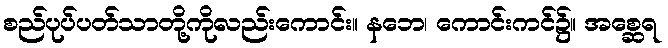
စည်ပုပ်ပတ်သာတို့ကိုလည်းကောင်း။ နဘေ၊ ကောင်းကင်၌။ အစ္ဆေရ